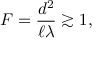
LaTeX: F = { \frac { d ^ { 2 } } { \ell \lambda } } \gtrsim 1 ,